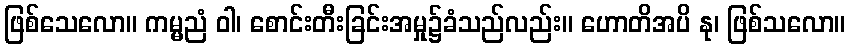
ဖြစ်သေလော။ ကမ္မညံ ဝါ၊ စောင်းတီးခြင်းအမှု၌ခံသည်လည်း။ ဟောတိအပိ နု၊ ဖြစ်သလော။